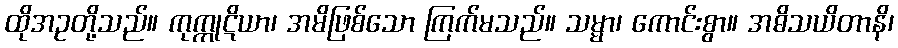
ထိုအဥတို့သည်။ ကုက္ကုဋိယာ၊ အမိဖြစ်သော ကြက်မသည်။ သမ္မာ၊ ကောင်းစွာ။ အဓိသယိတာနိ၊